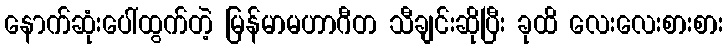
နောက်ဆုံးပေါ်ထွက်တဲ့ မြန်မာမဟာဂီတ သီချင်းဆိုပြီး ခုထိ လေးလေးစားစား